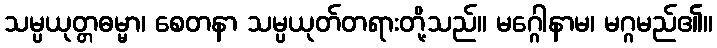
သမ္ပယုတ္တဓမ္မာ၊ စေတနာ သမ္ပယုတ်တရားတို့သည်။ မဂ္ဂေါနာမ၊ မဂ္ဂမည်၏။